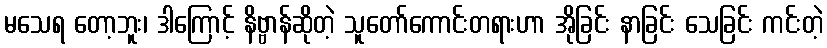
မသေရ တော့ဘူး၊ ဒါကြောင့် နိဗ္ဗာန်ဆိုတဲ့ သူတော်ကောင်းတရားဟာ အိုခြင်း နာခြင်း သေခြင်း ကင်းတဲ့